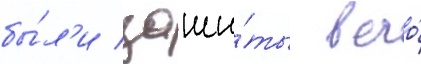
бы́л'и заши́ты в его́